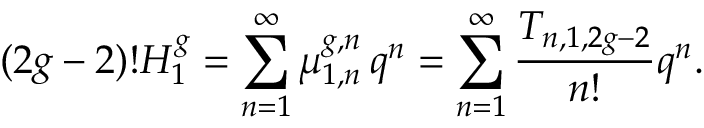
( 2 g - 2 ) ! H _ { 1 } ^ { g } = \sum _ { n = 1 } ^ { \infty } \mu _ { 1 , n } ^ { g , n } \, q ^ { n } = \sum _ { n = 1 } ^ { \infty } \frac { T _ { n , 1 , 2 g - 2 } } { n ! } q ^ { n } .